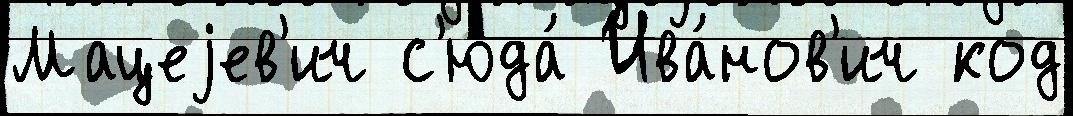
Мацеjев'ич с'юда́ Ива́нов'ич код